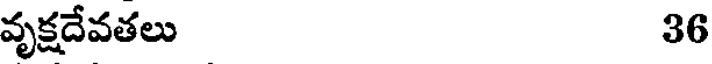
వృక్షదేవతలు 36